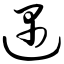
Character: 遇